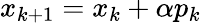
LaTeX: x_{k+1}=x_{k}+\alpha p_{k}